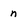
Character: n